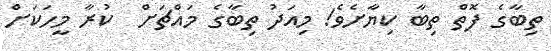
ތިބާގެ ފޮތް ތިބާ ކިޔާށެވެ! މިއަދު ތިބާގެ މައްޗަށް  ކުރާ މީހަކަށް